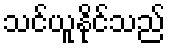
သင်ယူနိုင်သည်